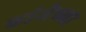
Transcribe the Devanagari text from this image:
ढांगेच्या